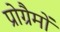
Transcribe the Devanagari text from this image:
प्रोग्रैमों